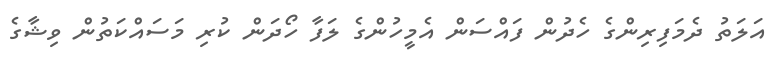
އަލަތު ދެމަފިރިންގެ ހެދުން ފައްސަން އެމީހުންގެ ލަފާ ހޯދަން ކުރި މަސައްކަތުން ވިޝާގެ